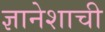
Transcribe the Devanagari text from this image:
ज्ञानेशाची